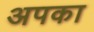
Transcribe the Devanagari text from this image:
अपका